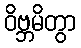
ဝိဗ္ဘမိတွာ